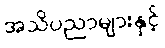
အသိပညာများနှင့်